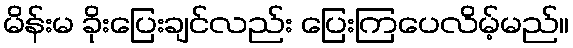
မိန်းမ ခိုးပြေးချင်လည်း ပြေးကြပေလိမ့်မည်။